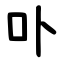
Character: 卟